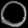
Digit: ၀